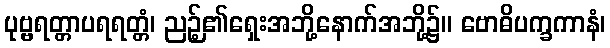
ပုဗ္ဗရတ္တာပရရတ္တံ၊ ညဉ့်၏ရှေးအဘို့နောက်အဘို့၌။ ဗောဓိပက္ခကာနံ၊